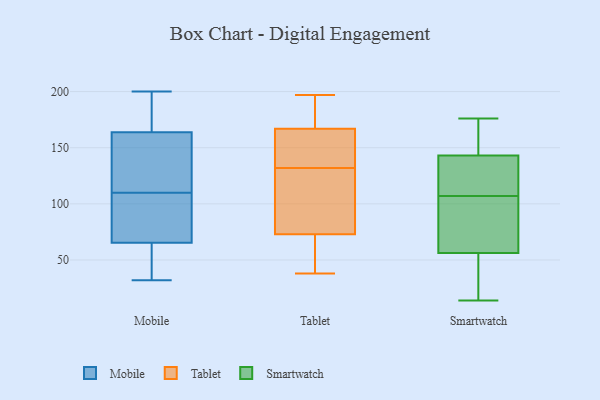
{"axis": {"x": "LTV (USD)", "y": "Value"}, "legend": ["Mobile", "Smartwatch", "Tablet"], "data": [{"x": "", "y": 49, "type": "Mobile"}, {"x": "", "y": 93, "type": "Mobile"}, {"x": "", "y": 136, "type": "Mobile"}, {"x": "", "y": 61, "type": "Mobile"}, {"x": "", "y": 200, "type": "Mobile"}, {"x": "", "y": 190, "type": "Mobile"}, {"x": "", "y": 32, "type": "Mobile"}, {"x": "", "y": 197, "type": "Mobile"}, {"x": "", "y": 163, "type": "Mobile"}, {"x": "", "y": 41, "type": "Mobile"}, {"x": "", "y": 78, "type": "Mobile"}, {"x": "", "y": 104, "type": "Mobile"}, {"x": "", "y": 110, "type": "Mobile"}, {"x": "", "y": 164, "type": "Mobile"}, {"x": "", "y": 111, "type": "Mobile"}, {"x": "", "y": 148, "type": "Tablet"}, {"x": "", "y": 92, "type": "Tablet"}, {"x": "", "y": 196, "type": "Tablet"}, {"x": "", "y": 73, "type": "Tablet"}, {"x": "", "y": 166, "type": "Tablet"}, {"x": "", "y": 69, "type": "Tablet"}, {"x": "", "y": 127, "type": "Tablet"}, {"x": "", "y": 153, "type": "Tablet"}, {"x": "", "y": 174, "type": "Tablet"}, {"x": "", "y": 188, "type": "Tablet"}, {"x": "", "y": 85, "type": "Tablet"}, {"x": "", "y": 70, "type": "Tablet"}, {"x": "", "y": 38, "type": "Tablet"}, {"x": "", "y": 197, "type": "Tablet"}, {"x": "", "y": 55, "type": "Tablet"}, {"x": "", "y": 137, "type": "Tablet"}, {"x": "", "y": 167, "type": "Tablet"}, {"x": "", "y": 76, "type": "Tablet"}, {"x": "", "y": 14, "type": "Smartwatch"}, {"x": "", "y": 124, "type": "Smartwatch"}, {"x": "", "y": 146, "type": "Smartwatch"}, {"x": "", "y": 101, "type": "Smartwatch"}, {"x": "", "y": 109, "type": "Smartwatch"}, {"x": "", "y": 107, "type": "Smartwatch"}, {"x": "", "y": 152, "type": "Smartwatch"}, {"x": "", "y": 176, "type": "Smartwatch"}, {"x": "", "y": 54, "type": "Smartwatch"}, {"x": "", "y": 102, "type": "Smartwatch"}, {"x": "", "y": 23, "type": "Smartwatch"}, {"x": "", "y": 164, "type": "Smartwatch"}, {"x": "", "y": 16, "type": "Smartwatch"}, {"x": "", "y": 173, "type": "Smartwatch"}, {"x": "", "y": 63, "type": "Smartwatch"}, {"x": "", "y": 105, "type": "Smartwatch"}, {"x": "", "y": 131, "type": "Smartwatch"}, {"x": "", "y": 45, "type": "Smartwatch"}, {"x": "", "y": 134, "type": "Smartwatch"}]}